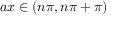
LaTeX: a x \in \left( n \pi , n \pi + \pi \right)